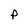
Character: p